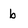
Character: b